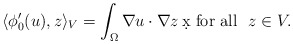
\begin{align*}\langle \phi_0'(u), z \rangle_V = \int_\Omega \nabla u \cdot \nabla z \, \d x \mbox{ for all } \ z \in V.\end{align*}